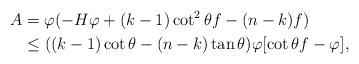
LaTeX: \begin{align*} A&= \varphi(-H\varphi+(k-1) \cot^2 \theta f-(n-k)f) \\ &\leq ((k-1)\cot \theta-(n-k) \tan \theta)\varphi [\cot \theta f-\varphi],\end{align*}